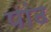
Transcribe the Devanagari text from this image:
पांढ